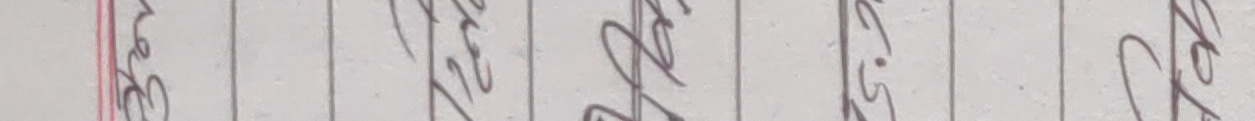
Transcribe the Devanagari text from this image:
उ०१५